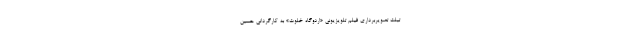
تبلت تصویربرداری فیلم تلویزیونی «اردوگاه خلوت» به کارگردانی حسین